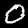
Digit: 0